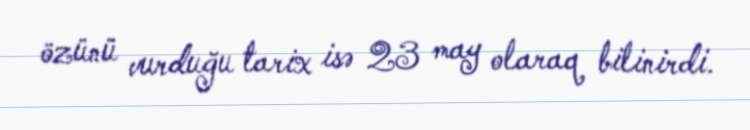
özünü vurduğu tarix isə 23 may olaraq bilinirdi.